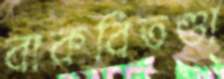
বাকবিতণ্ডা